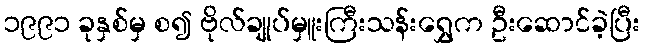
၁၉၉၁ ခုနှစ်မှ စ၍ ဗိုလ်ချုပ်မှူးကြီးသန်းရွှေက ဦးဆောင်ခဲ့ပြီး